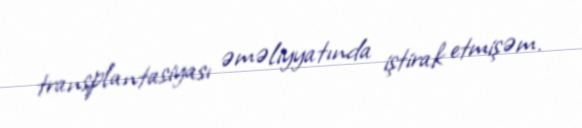
transplantasiyası əməliyyatında iştirak etmişəm.